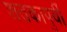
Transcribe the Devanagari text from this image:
शतकापुर्वी